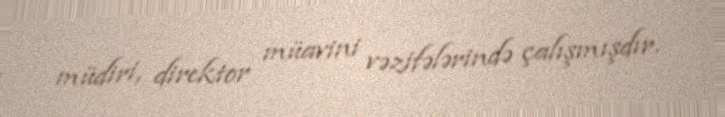
müdiri, direktor müavini vəzifələrində çalışmışdır.